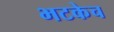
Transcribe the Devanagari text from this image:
भटकेच